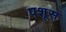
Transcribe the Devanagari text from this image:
पशूस